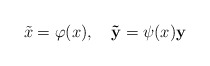
\begin{align*}\tilde{x}=\varphi(x),\ \ \ \mathbf{\tilde{y}}=\psi(x)\mathbf{y}\end{align*}